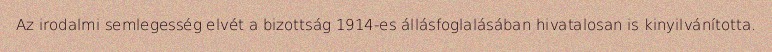
Az irodalmi semlegesség elvét a bizottság 1914-es állásfoglalásában hivatalosan is kinyilvánította.